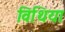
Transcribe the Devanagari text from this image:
विथिया